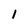
Character: 1